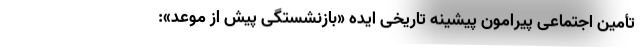
تأمین اجتماعی پیرامون پیشینه تاریخی ایده «بازنشستگی پیش از موعد»: